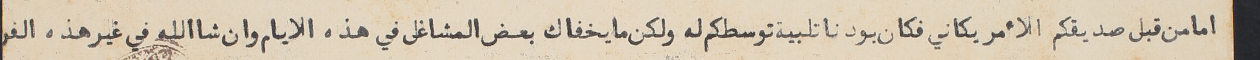
اما من قبل صديقكم الأمريكاني فكان بودنا تلبية توسطكم له ولكن ما يخفاك بعض المشاغل في هذه الايام وان شاالله في غير هذه الفر